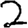
Digit: 2